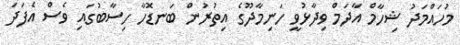
މުހައްމަދު ޝިހާމް އާދަމް ވިދާޅުވީ ހަނިމާދޫގެ އިތުރުން ބަނޑޮހާ ހިސާބުގައި ވެސް އެފަދަ